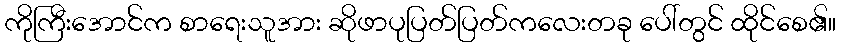
ကိုကြီးအောင်က စာရေးသူအား ဆိုဖာပုပြတ်ပြတ်ကလေးတခု ပေါ်တွင် ထိုင်စေ၏။